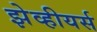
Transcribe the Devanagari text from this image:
झेव्हीयर्स